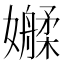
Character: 𫲑